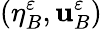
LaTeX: (\eta_{B}^{\varepsilon},\mathbf{u}_{B}^{\varepsilon})